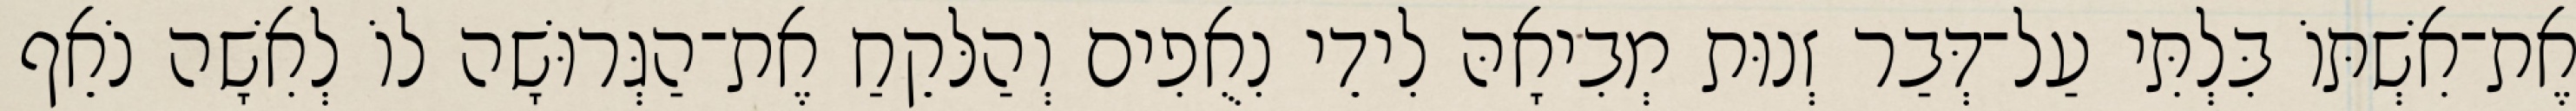
אֶת־אִשְׁתּוֹ בִּלְתִּי עַל־דְּבַר זְנוּת מְבִיאָהּ לִידֵי נִאֻפִים וְהַלּקֵחַ אֶת־הַגְּרוּשָׁה לוֹ לְאִשָׁה נֹאֵף